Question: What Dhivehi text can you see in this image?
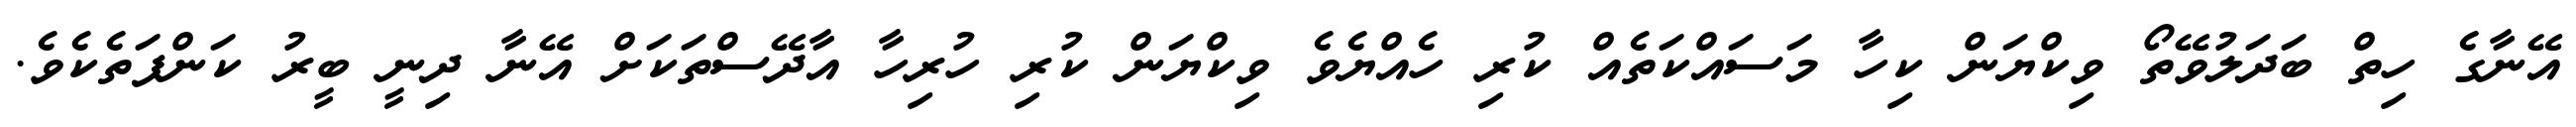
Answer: އޭނާގެ ހިތް ބަދަލުވޭތޯ ވިކްޔަން ކިހާ މަސައްކަތެއް ކުރި ހެއްޔެވެ ވިކްޔަން ކުރި ހުރިހާ އާދޭސްތަކަށް އޭނާ ދިނީ ބީރު ކަންފަތެކެވެ.